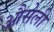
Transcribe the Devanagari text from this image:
औसेली